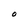
Character: 0